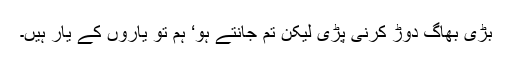
بڑی بھاگ دوڑ کرنی پڑی لیکن تم جانتے ہو‘ ہم تو یاروں کے یار ہیں۔